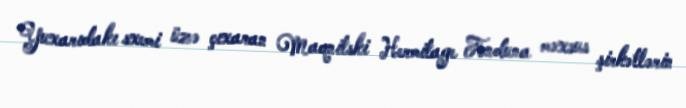
Yuxarıdakı sxemi üzə çıxaran Maqnitski Hermitage Fonduna məxsus şirkətlərin